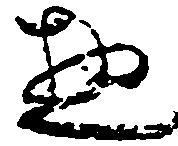
惣